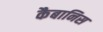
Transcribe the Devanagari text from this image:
कैबानिस